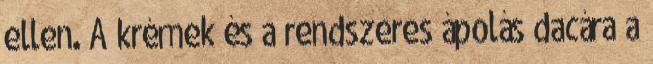
ellen. A krémek és a rendszeres ápolás dacára a